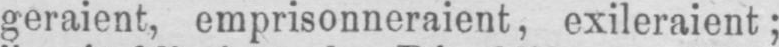
geraient, emprisonneraient, exileraient;